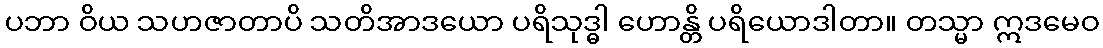
ပဘာ ဝိယ သဟဇာတာပိ သတိအာဒယော ပရိသုဒ္ဓါ ဟောန္တိ ပရိယောဒါတာ။ တသ္မာ ဣဒမေဝ